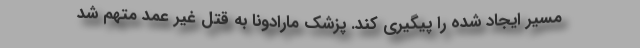
مسیر ایجاد شده را پیگیری کند. پزشک مارادونا به قتل غیر عمد متهم شد